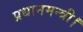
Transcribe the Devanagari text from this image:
प्रधानमन्त्री।